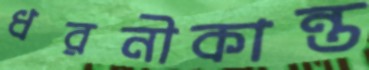
ধরনীকান্ত